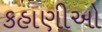
કહાણીઓ